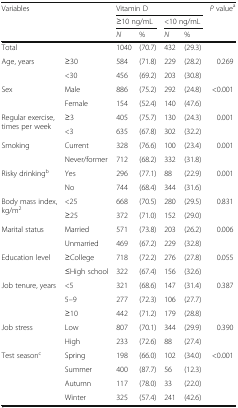
<table><thead><tr><td rowspan="3"><b>Variables</b></td><td rowspan="3"></td><td colspan="4"><b>Vitamin D</b></td><td rowspan="3"><b><i>P</i> value<sup>a</sup></b></td></tr><tr><td colspan="2"><b>≥10 ng/mL</b></td><td colspan="2"><b>&lt;10 ng/mL</b></td></tr><tr><td><b><i>N</i></b></td><td><b>%</b></td><td><b><i>N</i></b></td><td><b>%</b></td></tr></thead><tbody><tr><td>Total</td><td></td><td>1040</td><td>(70.7)</td><td>432</td><td>(29.3)</td><td></td></tr><tr><td rowspan="2">Age, years</td><td>≥30</td><td>584</td><td>(71.8)</td><td>229</td><td>(28.2)</td><td>0.269</td></tr><tr><td>&lt;30</td><td>456</td><td>(69.2)</td><td>203</td><td>(30.8)</td><td></td></tr><tr><td rowspan="2">Sex</td><td>Male</td><td>886</td><td>(75.2)</td><td>292</td><td>(24.8)</td><td>&lt;0.001</td></tr><tr><td>Female</td><td>154</td><td>(52.4)</td><td>140</td><td>(47.6)</td><td></td></tr><tr><td rowspan="2">Regular exercise, times per week</td><td>≥3</td><td>405</td><td>(75.7)</td><td>130</td><td>(24.3)</td><td>0.001</td></tr><tr><td>&lt;3</td><td>635</td><td>(67.8)</td><td>302</td><td>(32.2)</td><td></td></tr><tr><td rowspan="2">Smoking</td><td>Current</td><td>328</td><td>(76.6)</td><td>100</td><td>(23.4)</td><td>0.001</td></tr><tr><td>Never/former</td><td>712</td><td>(68.2)</td><td>332</td><td>(31.8)</td><td></td></tr><tr><td rowspan="2">Risky drinking<sup>b</sup></td><td>Yes</td><td>296</td><td>(77.1)</td><td>88</td><td>(22.9)</td><td>0.001</td></tr><tr><td>No</td><td>744</td><td>(68.4)</td><td>344</td><td>(31.6)</td><td></td></tr><tr><td rowspan="2">Body mass index, kg/m<sup>2</sup></td><td>&lt;25</td><td>668</td><td>(70.5)</td><td>280</td><td>(29.5)</td><td>0.831</td></tr><tr><td>≥25</td><td>372</td><td>(71.0)</td><td>152</td><td>(29.0)</td><td></td></tr><tr><td rowspan="2">Marital status</td><td>Married</td><td>571</td><td>(73.8)</td><td>203</td><td>(26.2)</td><td>0.006</td></tr><tr><td>Unmarried</td><td>469</td><td>(67.2)</td><td>229</td><td>(32.8)</td><td></td></tr><tr><td rowspan="2">Education level</td><td>≥College</td><td>718</td><td>(72.2)</td><td>276</td><td>(27.8)</td><td>0.055</td></tr><tr><td>≤High school</td><td>322</td><td>(67.4)</td><td>156</td><td>(32.6)</td><td></td></tr><tr><td rowspan="3">Job tenure, years</td><td>&lt;5</td><td>321</td><td>(68.6)</td><td>147</td><td>(31.4)</td><td>0.387</td></tr><tr><td>5–9</td><td>277</td><td>(72.3)</td><td>106</td><td>(27.7)</td><td></td></tr><tr><td>≥10</td><td>442</td><td>(71.2)</td><td>179</td><td>(28.8)</td><td></td></tr><tr><td rowspan="2">Job stress</td><td>Low</td><td>807</td><td>(70.1)</td><td>344</td><td>(29.9)</td><td>0.390</td></tr><tr><td>High</td><td>233</td><td>(72.6)</td><td>88</td><td>(27.4)</td><td></td></tr><tr><td rowspan="4">Test season<sup>c</sup></td><td>Spring</td><td>198</td><td>(66.0)</td><td>102</td><td>(34.0)</td><td>&lt;0.001</td></tr><tr><td>Summer</td><td>400</td><td>(87.7)</td><td>56</td><td>(12.3)</td><td></td></tr><tr><td>Autumn</td><td>117</td><td>(78.0)</td><td>33</td><td>(22.0)</td><td></td></tr><tr><td>Winter</td><td>325</td><td>(57.4)</td><td>241</td><td>(42.6)</td><td></td></tr></tbody></table>